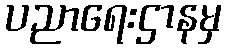
ပညာရေးဌာနမှ